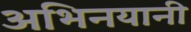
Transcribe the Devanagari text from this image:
अभिनयानी